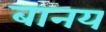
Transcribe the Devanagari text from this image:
बानय